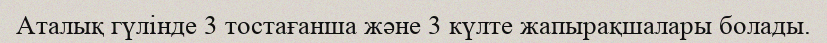
Аталық гүлінде 3 тостағанша және 3 күлте жапырақшалары болады.